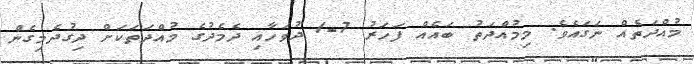
މުއްދަތެއް ނަގައެވެ. މިމުއްދަތު ބައެއް ފަހަރު 7-1 ދުވަހާއި ދެމެދުގެ މުއްދަތަކަށް ދިގުދެމިގެން